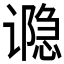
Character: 𮙊